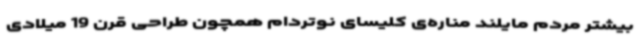
بیشتر مردم مایلند مناره‌ی کلیسای نوتردام همچون طراحی قرن 19 میلادی